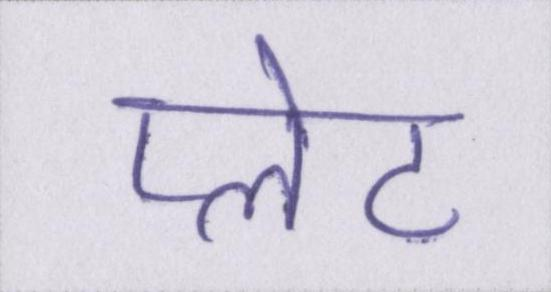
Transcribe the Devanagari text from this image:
प्लेट